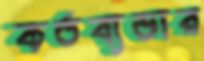
কর্তব্যভার